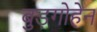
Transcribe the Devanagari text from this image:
बुड़गोहेन